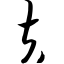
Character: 夫